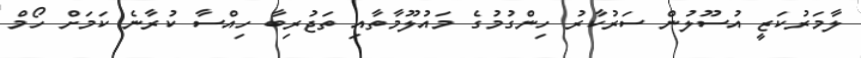
ލާމަރުކަޒީ އުސޫލުން ސަރުކާރު ހިންގުމުގެ މައުލޫމާތާއި ތަޖުރިބާ ހިއްސާ ކުރާނެ ކަމަށް ހޯމް